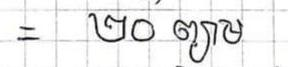
=   ២០ ព្យាម